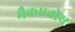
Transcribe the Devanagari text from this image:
मैकएवोय